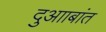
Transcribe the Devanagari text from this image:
दुआाबांत